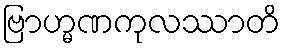
ဗြာဟ္မဏကုလဿာတိ